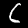
Digit: 6